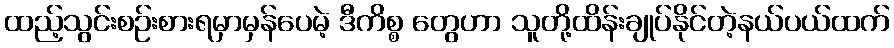
ထည့်သွင်းစဉ်းစားရမှာမှန်ပေမဲ့ ဒီကိစ္စ တွေဟာ သူတို့ထိန်းချုပ်နိုင်တဲ့နယ်ပယ်ထက်